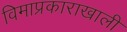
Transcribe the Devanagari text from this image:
विमाप्रकाराखाली